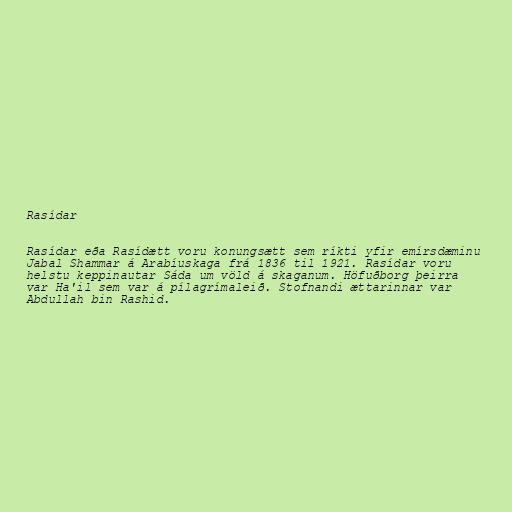
Rasídar

Rasídar eða Rasídætt voru konungsætt sem ríkti yfir emírsdæminu
Jabal Shammar á Arabíuskaga frá 1836 til 1921. Rasídar voru
helstu keppinautar Sáda um völd á skaganum. Höfuðborg þeirra
var Ha'il sem var á pílagrímaleið. Stofnandi ættarinnar var
Abdullah bin Rashid.